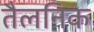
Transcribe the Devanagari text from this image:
तैलनिक